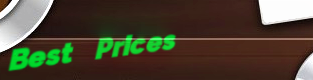
Best Prices